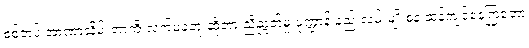
စစ်တပ် အာဏာသိမ်းတာကို လက်မခံဘူးဆိုတာ ညီညွတ်မှု ပုံဏ္ဍာန် နည်းလမ်းမျိုးစုံနဲ့ ဆန့်ကျင်နေကြတော့